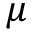
\mu